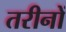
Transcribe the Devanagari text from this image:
तरीनों